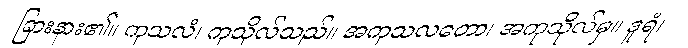
ခြားနား၏။ ကုသလံ၊ ကုသိုလ်သည်။ အကုသလတော၊ အကုသိုလ်မှ။ ဒူရံ၊